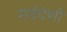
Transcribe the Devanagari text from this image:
सर्वदेशी